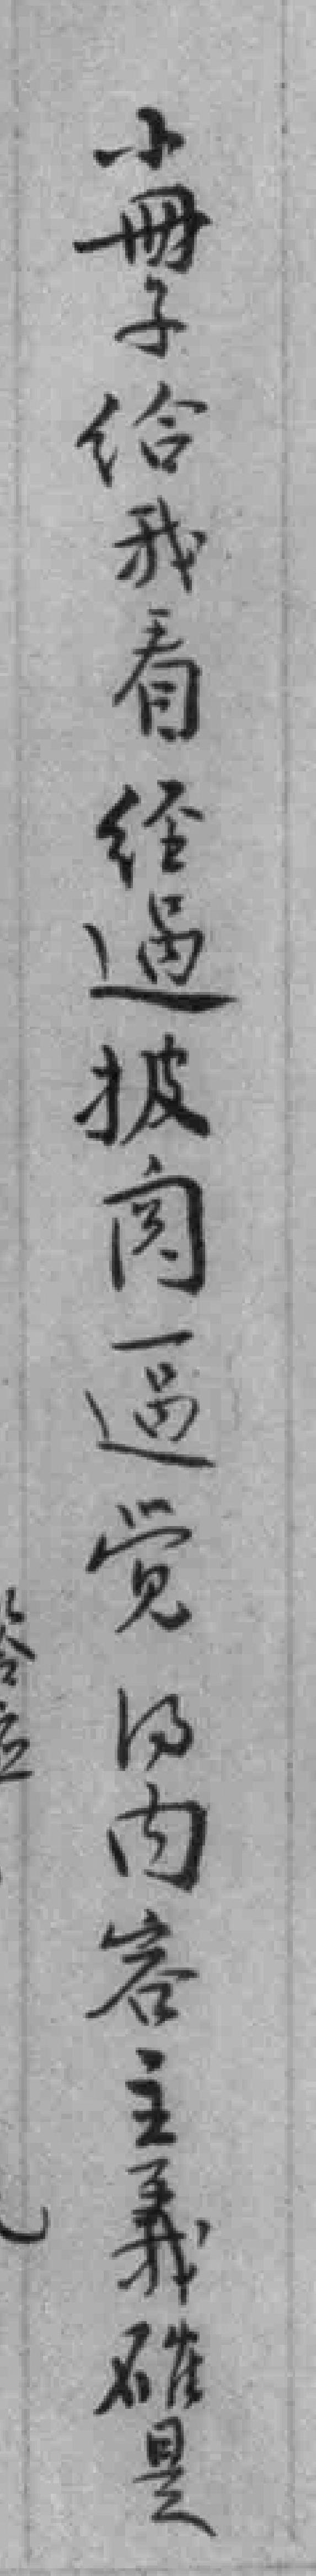
小冊子给我看经過披阅一過觉*内容主義確是